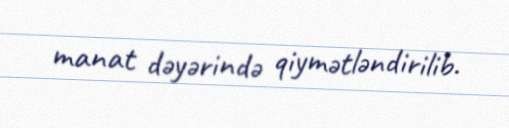
manat dəyərində qiymətləndirilib.